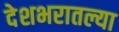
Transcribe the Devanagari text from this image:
देशभरातल्या